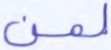
لمن